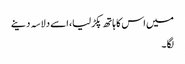
میں اس کا ہاتھ پکڑ لیا، اسے دلاسہ دینے
لگا ۔